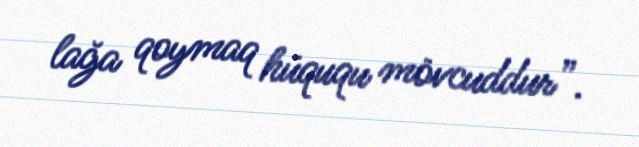
lağa qoymaq hüququ mövcuddur”.